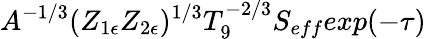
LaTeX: A^{-1/3}(Z_{1\epsilon}Z_{2\epsilon})^{1/3}T_{9}^{-2/3}S_{eff}exp(-\tau)